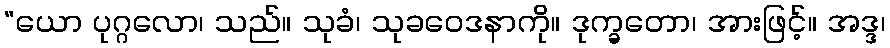
“ယော ပုဂ္ဂလော၊ သည်။ သုခံ၊ သုခဝေဒနာကို။ ဒုက္ခတော၊ အားဖြင့်။ အဒ္ဒ၊